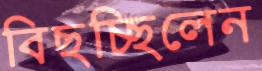
বিছচ্ছিলেন